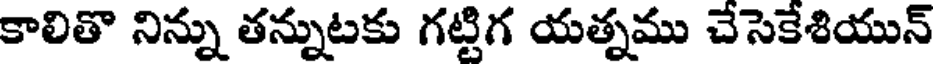
కాలితొ నిన్ను తన్నుటకు గట్టిగ యత్నము చేసెకేశియున్